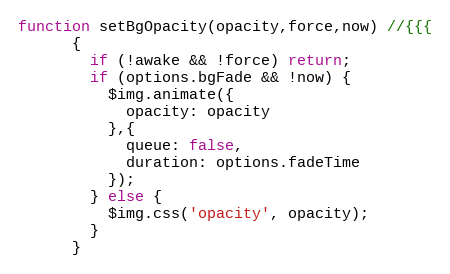
Language: JavaScript
function setBgOpacity(opacity,force,now) //{{{
      {
        if (!awake && !force) return;
        if (options.bgFade && !now) {
          $img.animate({
            opacity: opacity
          },{
            queue: false,
            duration: options.fadeTime
          });
        } else {
          $img.css('opacity', opacity);
        }
      }